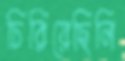
চিরিয়েছিলি